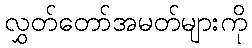
လွှတ်တော်အမတ်များကို